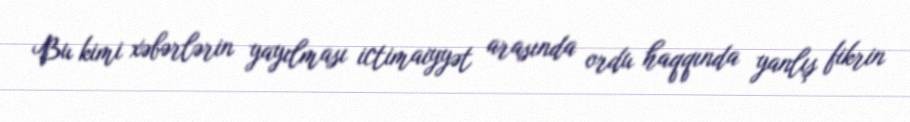
Bu kimi xəbərlərin yayılması ictimaiyyət arasında ordu haqqında yanlış fikrin